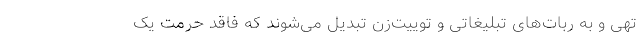
تهی و به ربات‌های تبلیغاتی و توییت‌زن تبدیل می‌شوند که فاقد حرمت یک